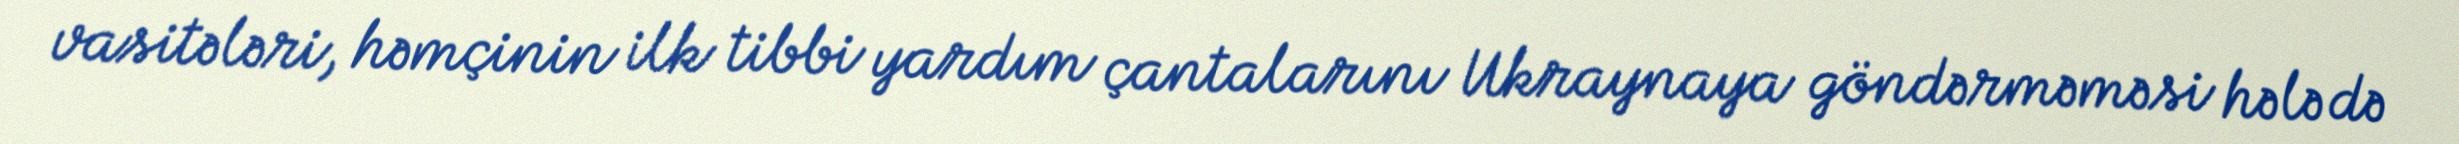
vasitələri, həmçinin ilk tibbi yardım çantalarını Ukraynaya göndərməməsi hələ də